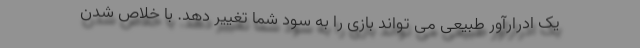
یک ادرارآور طبیعی می تواند بازی را به سود شما تغییر دهد. با خلاص شدن